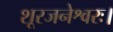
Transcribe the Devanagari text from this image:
शूरजनेश्वरः।